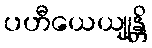
ပဟီယေယျုန္တိ